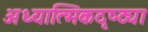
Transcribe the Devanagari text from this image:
अध्यात्मिकदृष्ट्या